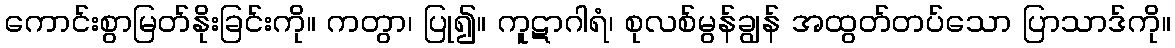
ကောင်းစွာမြတ်နိုးခြင်းကို။ ကတွာ၊ ပြု၍။ ကူဋာဂါရံ၊ စုလစ်မွန်ချွန် အထွတ်တပ်သော ပြာသာဒ်ကို။